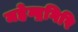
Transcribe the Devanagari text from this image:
महेन्द्रगिरि